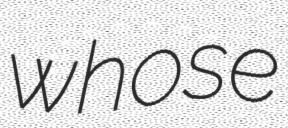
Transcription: whose